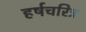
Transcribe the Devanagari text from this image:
हर्षचरित्र